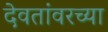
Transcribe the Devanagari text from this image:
देवतांवरच्या